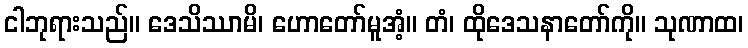
ငါဘုရားသည်။ ဒေသိဿာမိ၊ ဟောတော်မူအံ့။ တံ၊ ထိုဒေသနာတော်ကို။ သုဏာထ၊